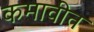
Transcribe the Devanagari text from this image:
कमावीत